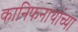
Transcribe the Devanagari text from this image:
कानिफनाथांच्या